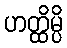
ဟတ္ထိမ္ပိ